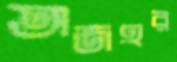
অজহর